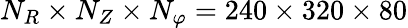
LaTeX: N_{R}\times N_{Z}\times N_{\varphi}=240\times 320\times 80